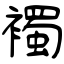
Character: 襡